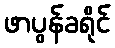
ဖာပွန်ခရိုင်